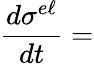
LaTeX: \frac{d\sigma^{e\ell}}{dt}=